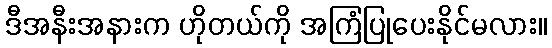
ဒီအနီးအနားက ဟိုတယ်ကို အကြံပြုပေးနိုင်မလား။